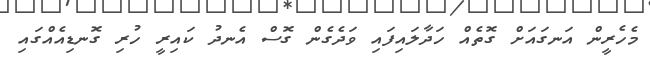
މެހެރީން އަނގައަށް ގޮތެއް ހަދާލައިފައި ވަދެގެން ގޮސް އެނދު ކައިރީ ހުރި ގޮނޑިއެއްގައި